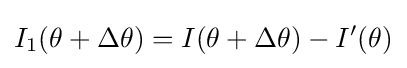
I_{1}(\theta +\Delta \theta )=I(\theta +\Delta \theta )-I'(\theta )